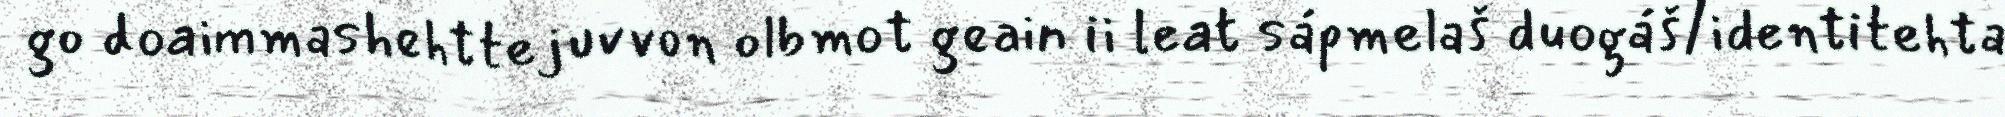
go doaimmashehttejuvvon olbmot geain ii leat sápmelaš duogáš/identitehta